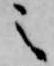
之